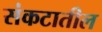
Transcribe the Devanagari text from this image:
संकटातील